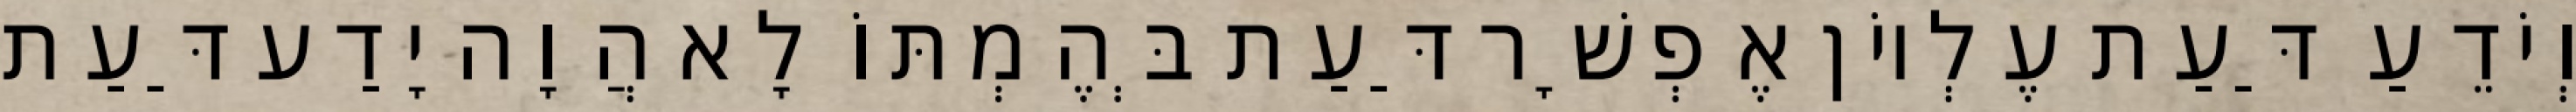
וְיֹדֵעַ דַּעַת עֶלְיוֹן אֶפְשָׁר דַּעַת בְּהֶמְתּוֹ לָא הֲוָה יָדַע דַּעַת